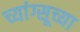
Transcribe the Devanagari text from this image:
च्यांग्सूच्या